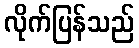
လိုက်ပြန်သည်